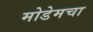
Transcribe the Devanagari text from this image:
मोडेमचा